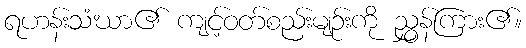
ရဟန်းသံဃာ၏ ကျင့်ဝတ်စည်းမျဉ်းကို ညွှန်ကြား၏။